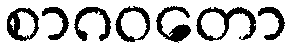
စာဂဝတော